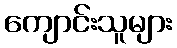
ကျောင်းသူများ